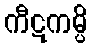
ကီဋကမ္ပိ